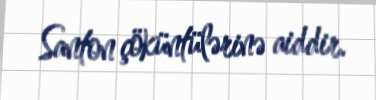
Santon çöküntülərinə aiddir.